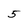
Character: 5